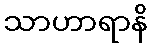
သာဟာရာနိ